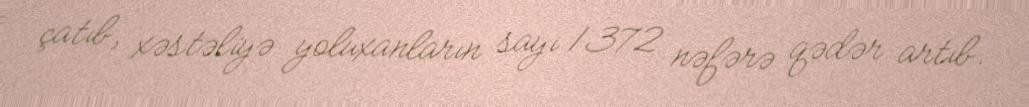
çatıb, xəstəliyə yoluxanların sayı 1372 nəfərə qədər artıb.